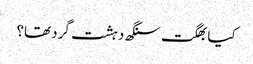
کیا بھگت سنگھ دہشت گرد تھا؟